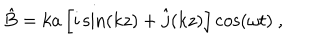
LaTeX: \hat { B } = k a \left[ i \sin ( k z ) + \hat { j } ( k z ) \right] \cos ( \omega t ) \ ,